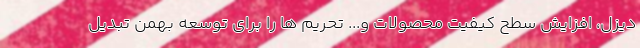
دیزل، افزایش سطح کیفیت محصولات و... تحریم ها را برای توسعه بهمن تبدیل